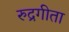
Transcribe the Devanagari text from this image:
रुद्रगीता